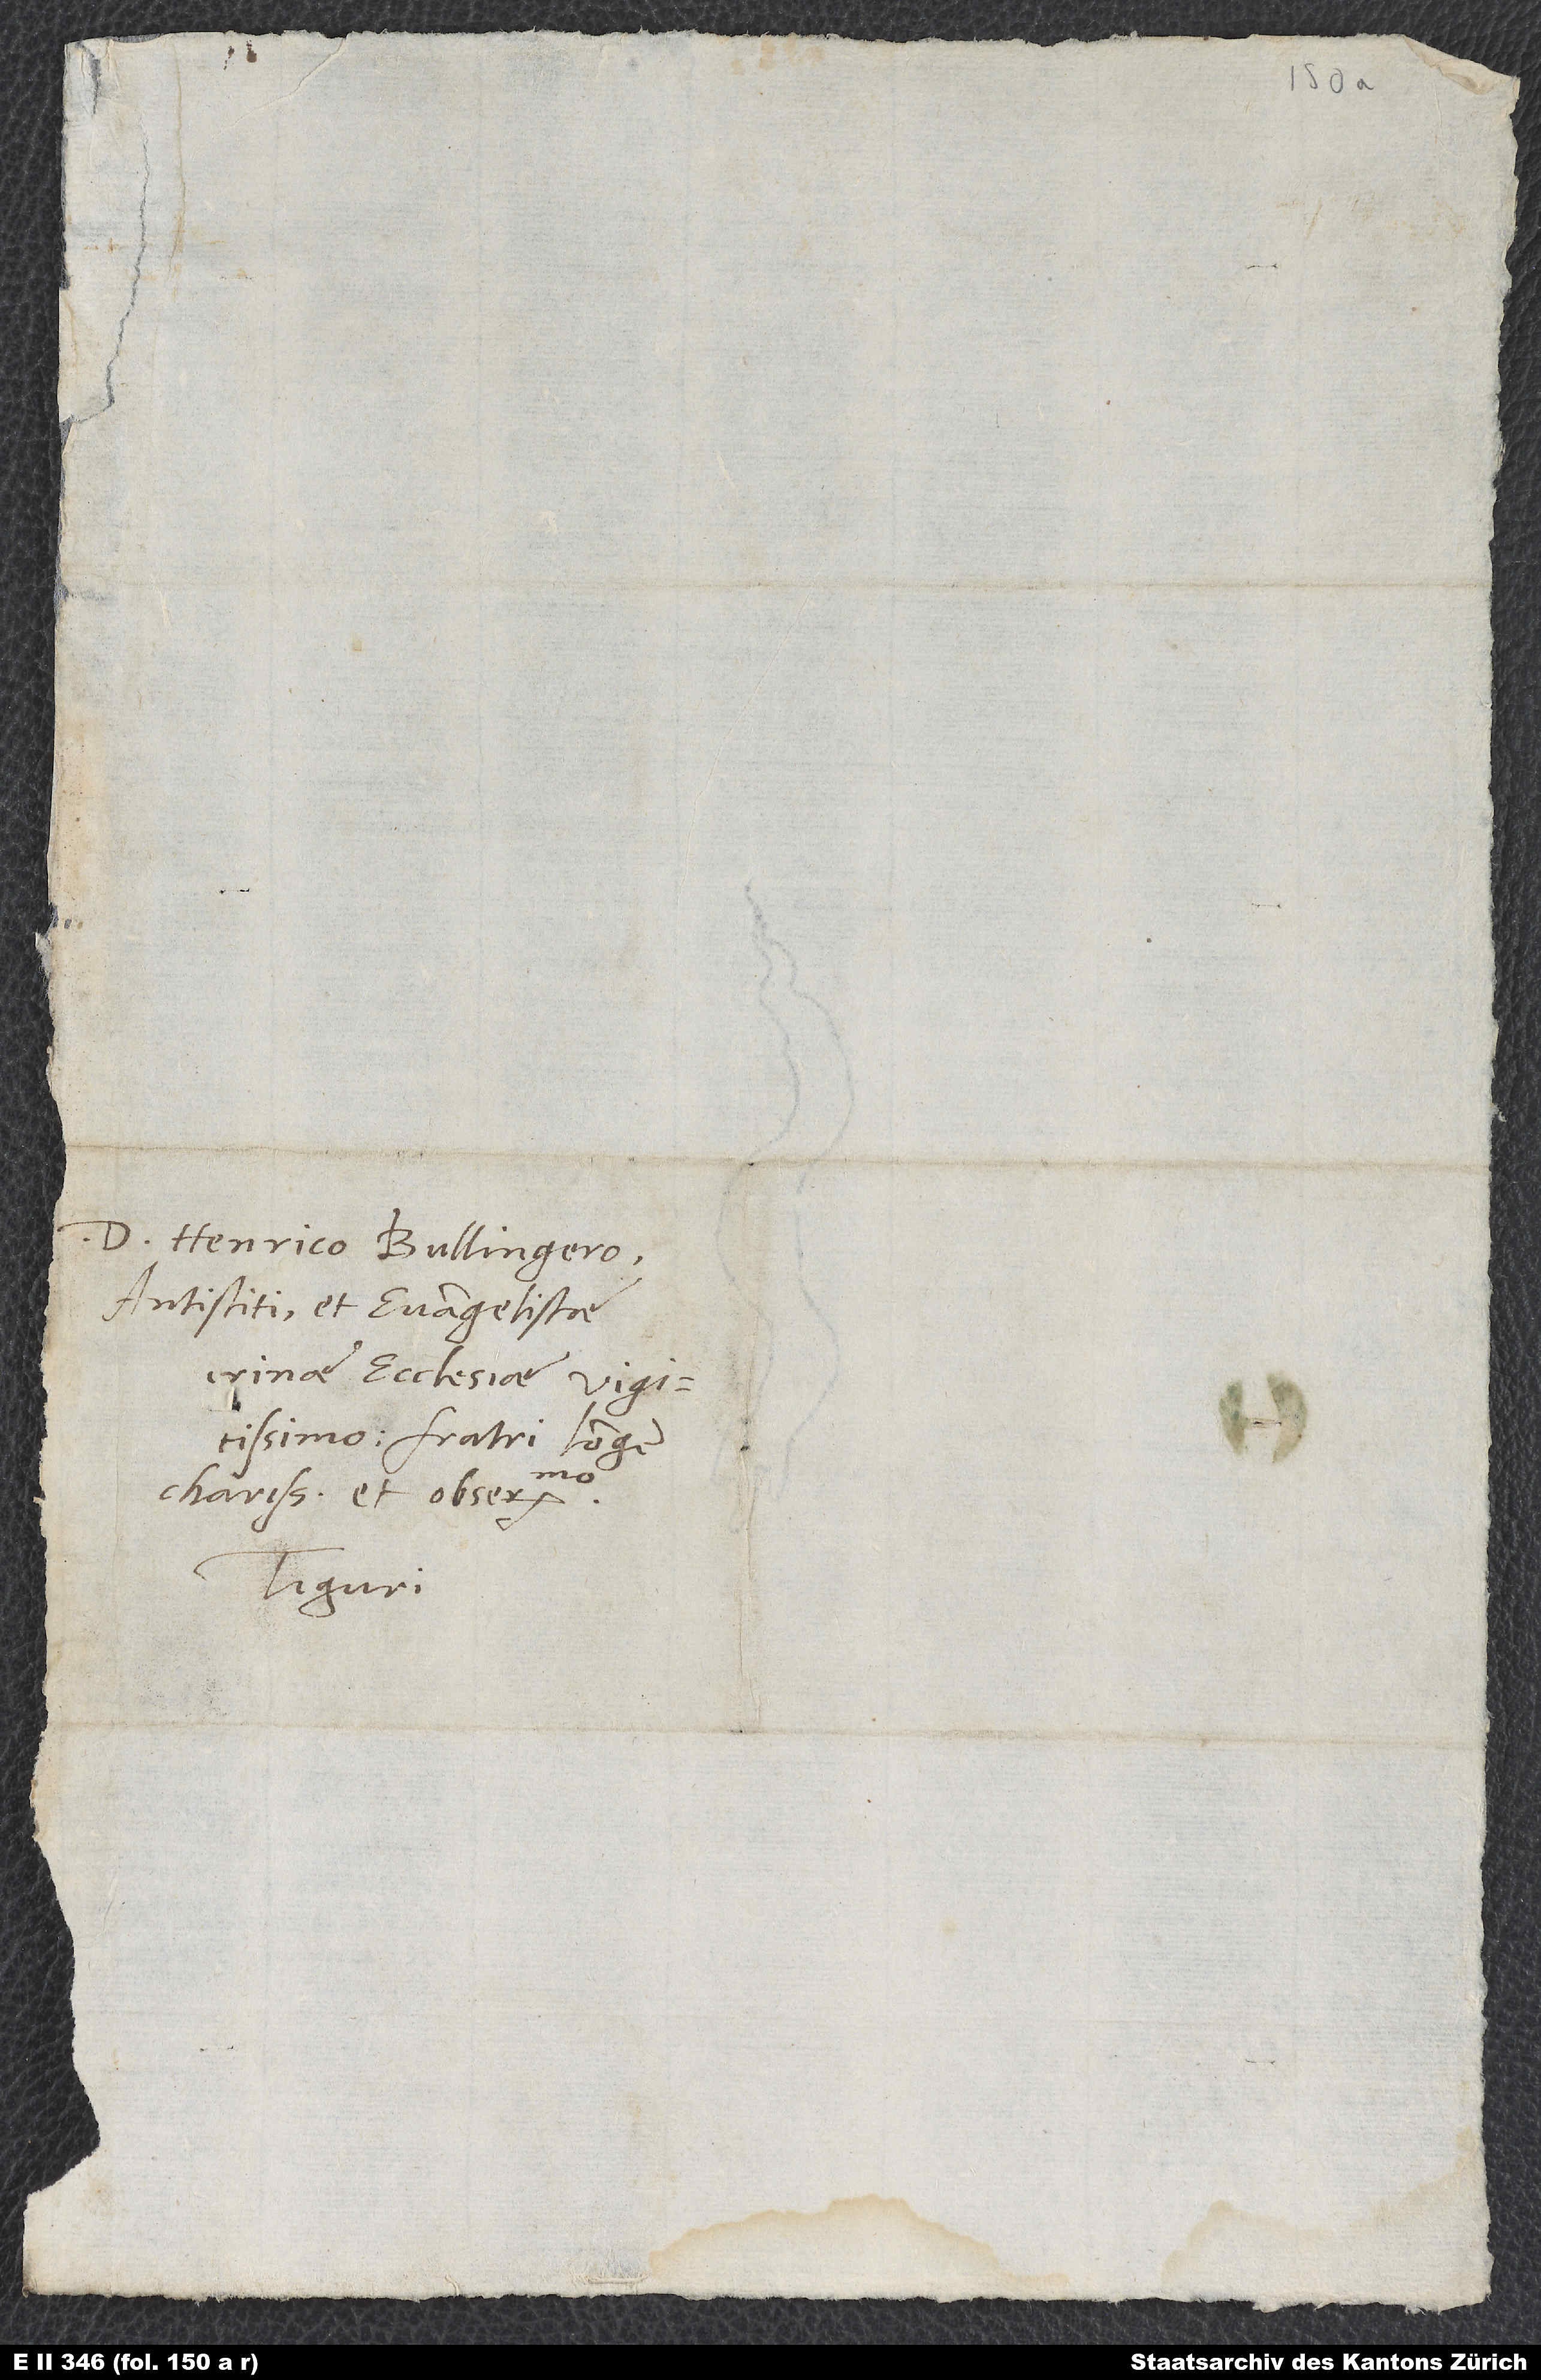
D. Henrico Bullingero,
antistiti et evangelistae
charissimo et observandissimo.
Tiguri.